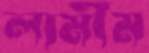
লামীম